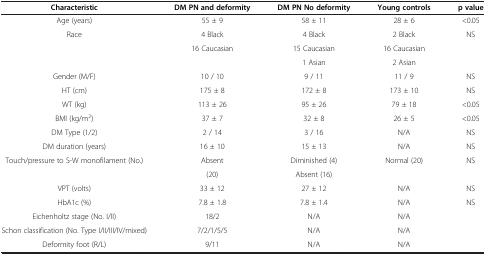
<table><thead><tr><td><b>Characteristic</b></td><td><b>DM PN and deformity</b></td><td><b>DM PN No deformity</b></td><td><b>Young controls</b></td><td><b>p value</b></td></tr></thead><tbody><tr><td>Age (years)</td><td>55 ± 9</td><td>58 ± 11</td><td>28 ± 6</td><td>&lt;0.05</td></tr><tr><td rowspan="3">Race</td><td>4 Black</td><td>4 Black</td><td>2 Black</td><td rowspan="3">NS</td></tr><tr><td rowspan="2">16 Caucasian</td><td>15 Caucasian</td><td>16 Caucasian</td></tr><tr><td>1 Asian</td><td>2 Asian</td></tr><tr><td>Gender (M/F)</td><td>10 / 10</td><td>9 / 11</td><td>11 / 9</td><td>NS</td></tr><tr><td>HT (cm)</td><td>175 ± 8</td><td>172 ± 8</td><td>173 ± 10</td><td>NS</td></tr><tr><td>WT (kg)</td><td>113 ± 26</td><td>95 ± 26</td><td>79 ± 18</td><td>&lt;0.05</td></tr><tr><td>BMI (kg/m<sup>2</sup>)</td><td>37 ± 7</td><td>32 ± 8</td><td>26 ± 5</td><td>&lt;0.05</td></tr><tr><td>DM Type (1/2)</td><td>2 / 14</td><td>3 / 16</td><td>N/A</td><td>NS</td></tr><tr><td>DM duration (years)</td><td>16 ± 10</td><td>15 ± 13</td><td>N/A</td><td>NS</td></tr><tr><td rowspan="2">Touch/pressure to S-W monofilament (No.)</td><td>Absent</td><td>Diminished (4)</td><td rowspan="2">Normal (20)</td><td rowspan="2">NS</td></tr><tr><td>(20)</td><td>Absent (16)</td></tr><tr><td>VPT (volts)</td><td>33 ± 12</td><td>27 ± 12</td><td>N/A</td><td>NS</td></tr><tr><td>HbA1c (%)</td><td>7.8 ± 1.8</td><td>7.8 ± 1.4</td><td>N/A</td><td>NS</td></tr><tr><td>Eichenholtz stage (No. I/II)</td><td>18/2</td><td>N/A</td><td>N/A</td><td> </td></tr><tr><td>Schon classification (No. Type I/II/III/IV/mixed)</td><td>7/2/1/5/5</td><td>N/A</td><td>N/A</td><td> </td></tr><tr><td>Deformity foot (R/L)</td><td>9/11</td><td>N/A</td><td>N/A</td><td> </td></tr></tbody></table>